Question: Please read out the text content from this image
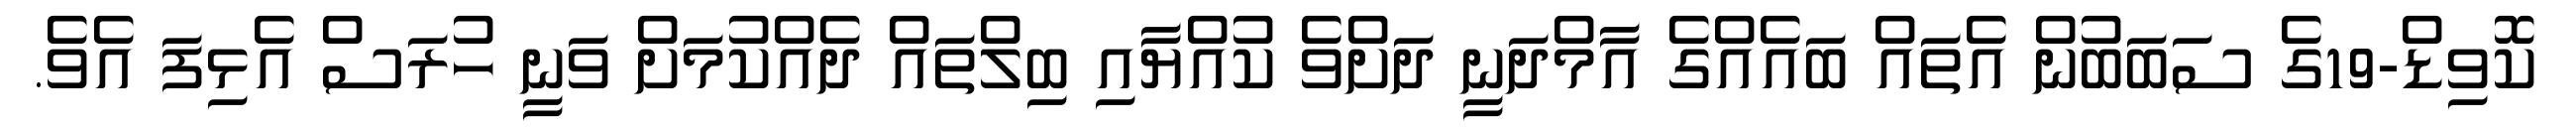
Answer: ކޮވިޑް-19ގެ ސަބަބުން އެތައް ބައެއްގެ އާމްދަނީ ދަށްވެ ކުއްޔާއި ބިލްތައް ދެއްކުމަށް ވަނީ ހުރަސް އެޅިފަ އެވެ.